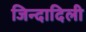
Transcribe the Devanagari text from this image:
जिन्दादिली